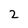
Character: 2